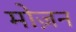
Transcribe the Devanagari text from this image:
मोज़न